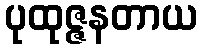
ပုထုဇ္ဇနတာယ